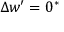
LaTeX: \Delta w ^ { \prime } = 0 ^ { * }